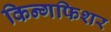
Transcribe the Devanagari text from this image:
किन्गफिशर